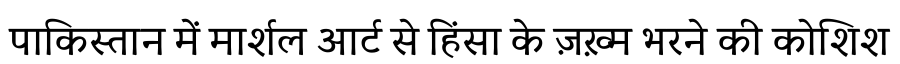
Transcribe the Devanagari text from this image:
पाकिस्तान में मार्शल आर्ट से हिंसा के ज़ख़्म भरने की कोशिश